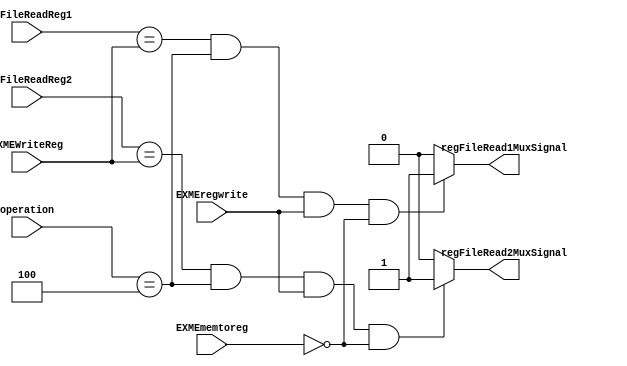

module diForwardingUnit (input [4:0] regFileReadReg1, input [4:0] regFileReadReg2, input [5:0] operation, input EXMEregwrite,input EXMEmemtoreg, input [4:0] EXMEWriteReg, output reg regFileRead1MuxSignal, output reg regFileRead2MuxSignal);

	parameter beqOperation = 6'b000100;
		 // nofrwrd = 2'b00,
			//  frwrdFromEXMEM = 2'b01,
			//  frwrdFromMEMWB = 2'b10;

	//reg frwrdReg1;
	//reg frwrdReg1Data;
	//reg frwrdReg2;
	//reg frwrdReg2Data;

	initial begin regFileRead1MuxSignal = 0 ;  regFileRead2MuxSignal = 0; end

	always @(*) begin

		if (regFileReadReg1 == EXMEWriteReg && operation == beqOperation && EXMEregwrite == 1'b1 && EXMEmemtoreg == 0) begin
			regFileRead1MuxSignal <=1;
		end
		else regFileRead1MuxSignal <= 0;

		if (regFileReadReg2 == EXMEWriteReg && operation == beqOperation && EXMEregwrite == 1'b1 && EXMEmemtoreg == 0 ) begin
			regFileRead2MuxSignal <=1;
		end

		else regFileRead2MuxSignal <= 0;

		//regFileRead1MuxSignal <= {frwrdReg1, frwrdReg1Data};
//		regFileRead2MuxSignal <= {frwrdReg2, frwrdReg2Data};

	end

endmodule

module diForwardingUnit_tb ();

	reg [4:0] regFileReadReg1;
	reg [4:0] regFileReadReg2;
	reg [5:0] operation;
	reg EXMEWriteSignal;
	reg EXMEmemtoreg;
	reg [4:0] EXMEWriteReg;
	//reg MEWBWriteSignal;
	//reg [4:0] MEWBWriteReg;
	wire  regFileRead1MuxSignal;
	wire  regFileRead2MuxSignal;

	initial begin

		$monitor("regFileRead1MuxSignal: %b regFileRead2MuxSignal: %b when regFileReadReg1: %d regFileReadReg2: %d operation: %b EXMEWriteSignal: %b EXMEWriteReg: %d EXMEmemtoreg : %d", regFileRead1MuxSignal, regFileRead2MuxSignal, regFileReadReg1, regFileReadReg2, operation, EXMEWriteSignal, EXMEWriteReg, EXMEmemtoreg);

		regFileReadReg1 = 5'd0; regFileReadReg2 = 5'd1; operation = 6'b000100; EXMEWriteSignal = 1; EXMEWriteReg = 5'd0; EXMEmemtoreg = 0 ;

		#10 regFileReadReg1 = 5'd12; regFileReadReg2 = 5'd9;
		#10 EXMEWriteReg = 5'd9;
		#10 EXMEWriteSignal = 0;
		//#10 MEWBWriteReg = 5'd12;
		//#10 MEWBWriteSignal = 0;
		#10 EXMEWriteSignal = 1; //MEWBWriteSignal = 1;
		#10 operation = 6'b000000;

	end

	diForwardingUnit diFU1 (regFileReadReg1, regFileReadReg2, operation, EXMEWriteSignal,EXMEmemtoreg, EXMEWriteReg, regFileRead1MuxSignal, regFileRead2MuxSignal);

endmodule